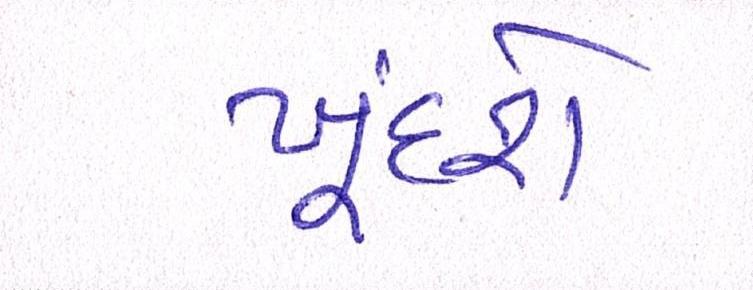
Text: ખૂંદશે